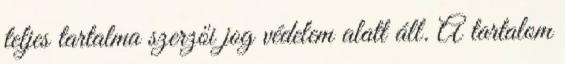
teljes tartalma szerzői jog védelem alatt áll. A tartalom